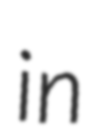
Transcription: in